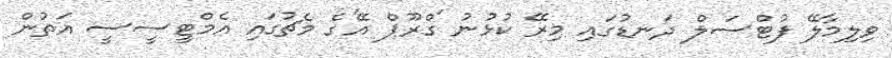
ވިލިމާލޭ ފުޓްސަލް ދަނޑުގައި މިރޭ ކުޅުނު 'ގްރޫޕް އޭ'ގެ މެޗުގައި އެމްޓީސީސީ އަތުން